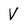
Character: V